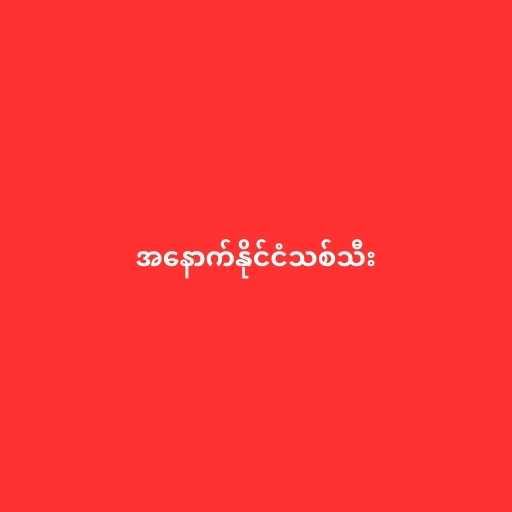
အနောက်နိုင်ငံသစ်သီး